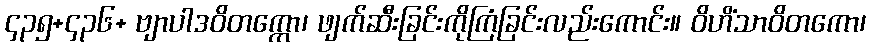
၄၃၅+၄၃၆+ ဗျာပါဒဝိတက္ကော၊ ဖျက်ဆီးခြင်းကိုကြံခြင်းလည်းကောင်း။ ဝိဟိံသာဝိတကော၊